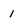
Character: 1